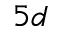
5 d